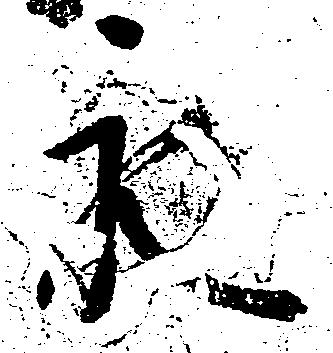
永